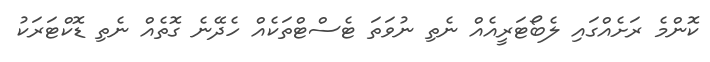
ކޮންމެ ރަށެއްގައި ލެބޯޓަރީއެއް ނެތި ނުވަތަ ޓެސްޓްތަކެއް ހެދޭނެ ގޮތެއް ނެތި ޑޮކްޓަރަކު